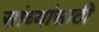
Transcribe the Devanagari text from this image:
सांध्यांसाठी